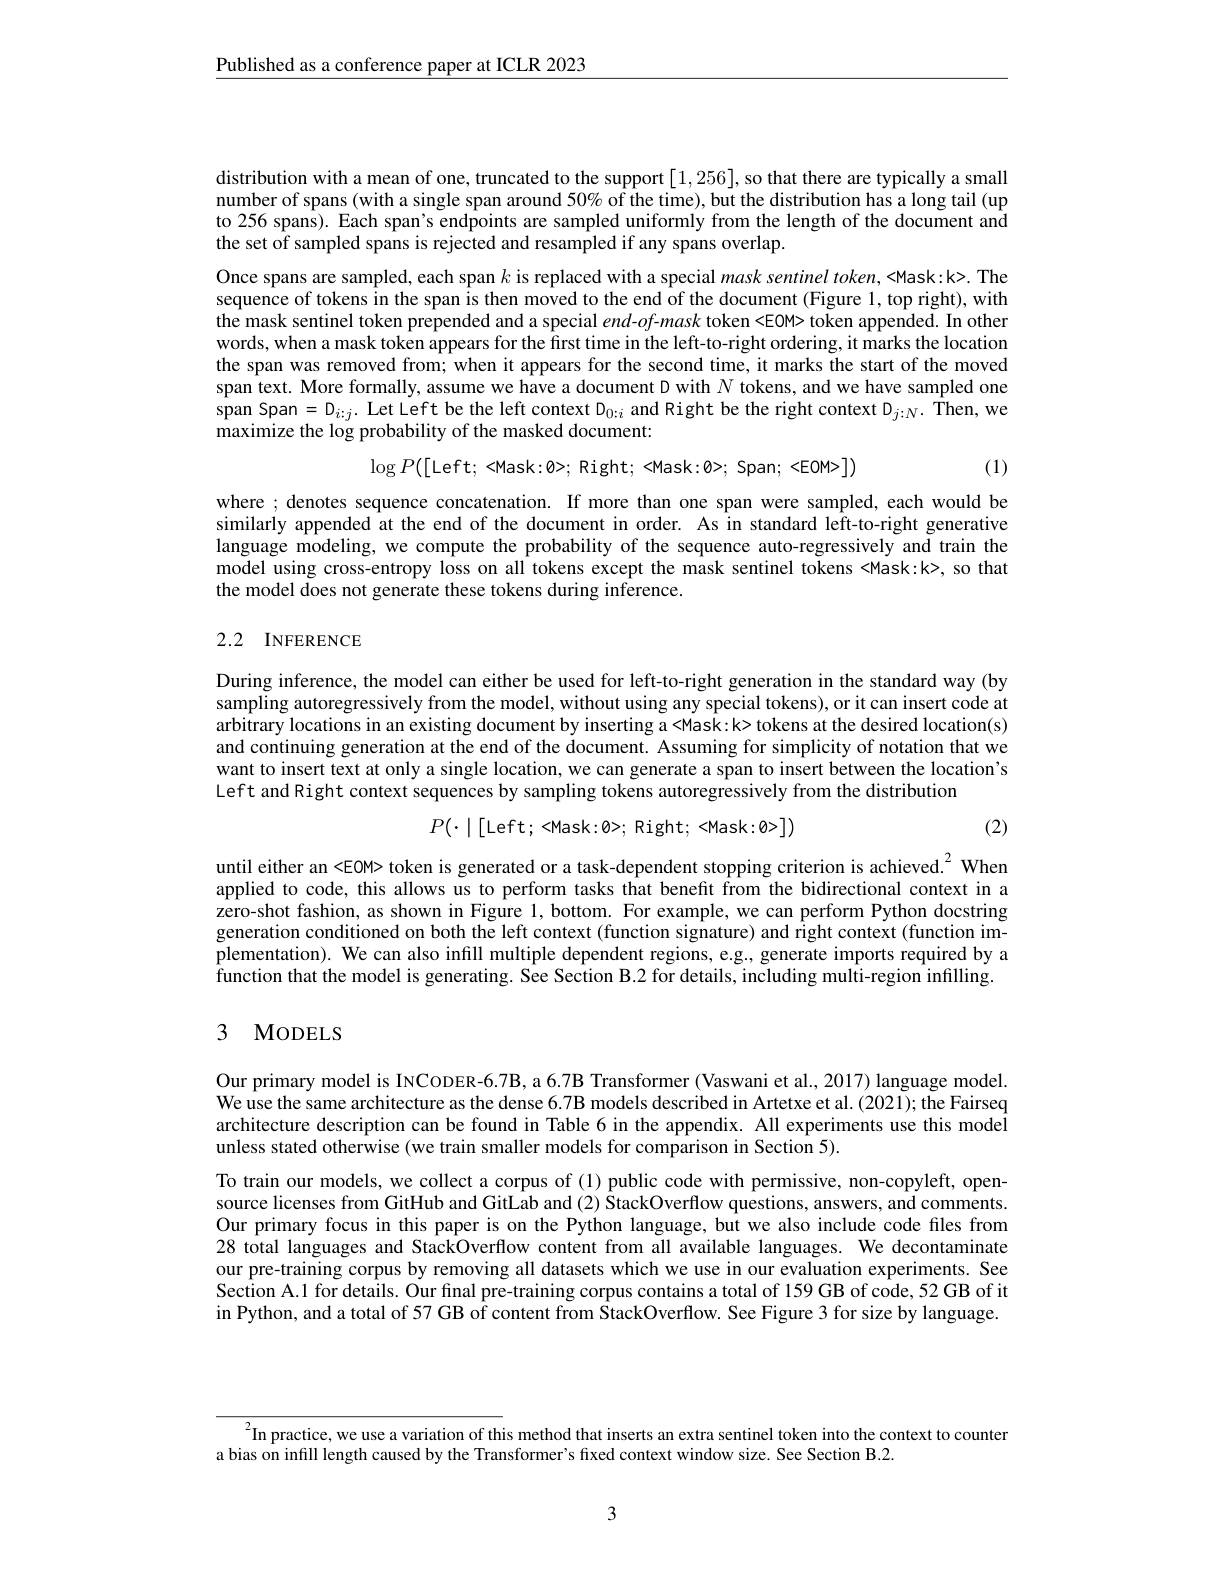
$\underline{\text{Published as a conference paper at ICLR 2023}}$

distribution with a mean of one, truncated to the support [1,256], so that there are typically a small number of spans (with a single span around 50% of the time), but the distribution has a long tail (up to 256 spans). Each span's endpoints are sampled uniformly from the length of the document and the set of sampled spans is rejected and resampled if any spans overlap.

Once spans are sampled, each span $k$ is replaced with a special mask sentinel token, <Mask:k>. The sequence of tokens in the span is then moved to the end of the document (Figure 1, top right), with the mask sentinel token prepended and a special $end-of$-mask token <EOM> token appended. In other words, when a mask token appears for the first time in the left-to-right ordering, it marks the location the span was removed from; when it appears for the second time, it marks the start of the moved span text. More formally, assume we have a document D with $N$ tokens, and we have sampled one span Span $=D_{i:j}.$ Let Left be the left context D$_0:i$ and Right be the right context D$_j:N.$ Then, we maximize the log probability of the masked document:
$$\log P([\mathrm{Left};\:<\mathrm{Mask}:0>;\:\mathrm{Right};\:<\mathrm{Mask}:0>;\:\mathrm{Span};\:<\mathrm{EOM>}])$$
(1)

where; denotes sequence concatenation. If more than one span were sampled, each would be similarly appended at the end of the document in order. As in standard left-to-right generative language modeling, we compute the probability of the sequence auto-regressively and train the model using cross-entropy loss on all tokens except the mask sentinel tokens <Mask:k>, so that the model does not generate these tokens during inference.

# 2.2 INFERENCE

During inference, the model can either be used for left-to-right generation in the standard way (by sampling autoregressively from the model, without using any special tokens), or it can insert code at arbitrary locations in an existing document by inserting a<Mask:k> tokens at the desired location(s) and continuing generation at the end of the document. Assuming for simplicity of notation that we want to insert text at only a single location, we can generate a span to insert between the location's Left and Right context sequences by sampling tokens autoregressively from the distribution
$$P(\cdot\mid[\text{Left; <Mask:0>; Right; <Mask:0>}])$$
(2)

until either an <EOM> token is generated or a task-dependent stopping criterion is achieved.$^2$ When applied to code, this allows us to perform tasks that benefit from the bidirectional context in a zero-shot fashion, as shown in Figure 1, bottom. For example, we can perform Python docstring generation conditioned on both the left context (function signature) and right context (function implementation). We can also infill multiple dependent regions, e.g., generate imports required by a function that the model is generating. See Section B.2 for details, including multi-region infilling.

### 3 MODELS

Our primary model is INCODER-6.7B, a 6.7B Transformer (Vaswani et al., 2017) language model. We use the same architecture as the dense 6.7B models described in Artetxe et al. (2021); the Fairseq architecture description can be found in Table 6 in the appendix. All experiments use this model unless stated otherwise (we train smaller models for comparison in Section 5).

To train our models, we collect a corpus of (1) public code with permissive, non-copyleft, opensource licenses from GitHub and GitLab and (2) StackOverflow questions, answers, and comments. Our primary focus in this paper is on the Python language, but we also include code files from 28 total languages and StackOverflow content from all available languages. We decontaminate our pre-training corpus by removing all datasets which we use in our evaluation experiments. See Section A.1 for details. Our fınal pre-training corpus contains a total of 159 GB of code, 52 GB of it in Python, and a total of 57 GB of content from StackOverflow. See Figure 3 for size by language.

$^{2}$In practice, we use a variation of this method that inserts an extra sentinel token into the context to counter in practice, we use a variation of this method that inserts an extra sentinel token into the constion B 2

a bias on infill length caused by the Transformer's fixed context window size. See Section B.2.

3